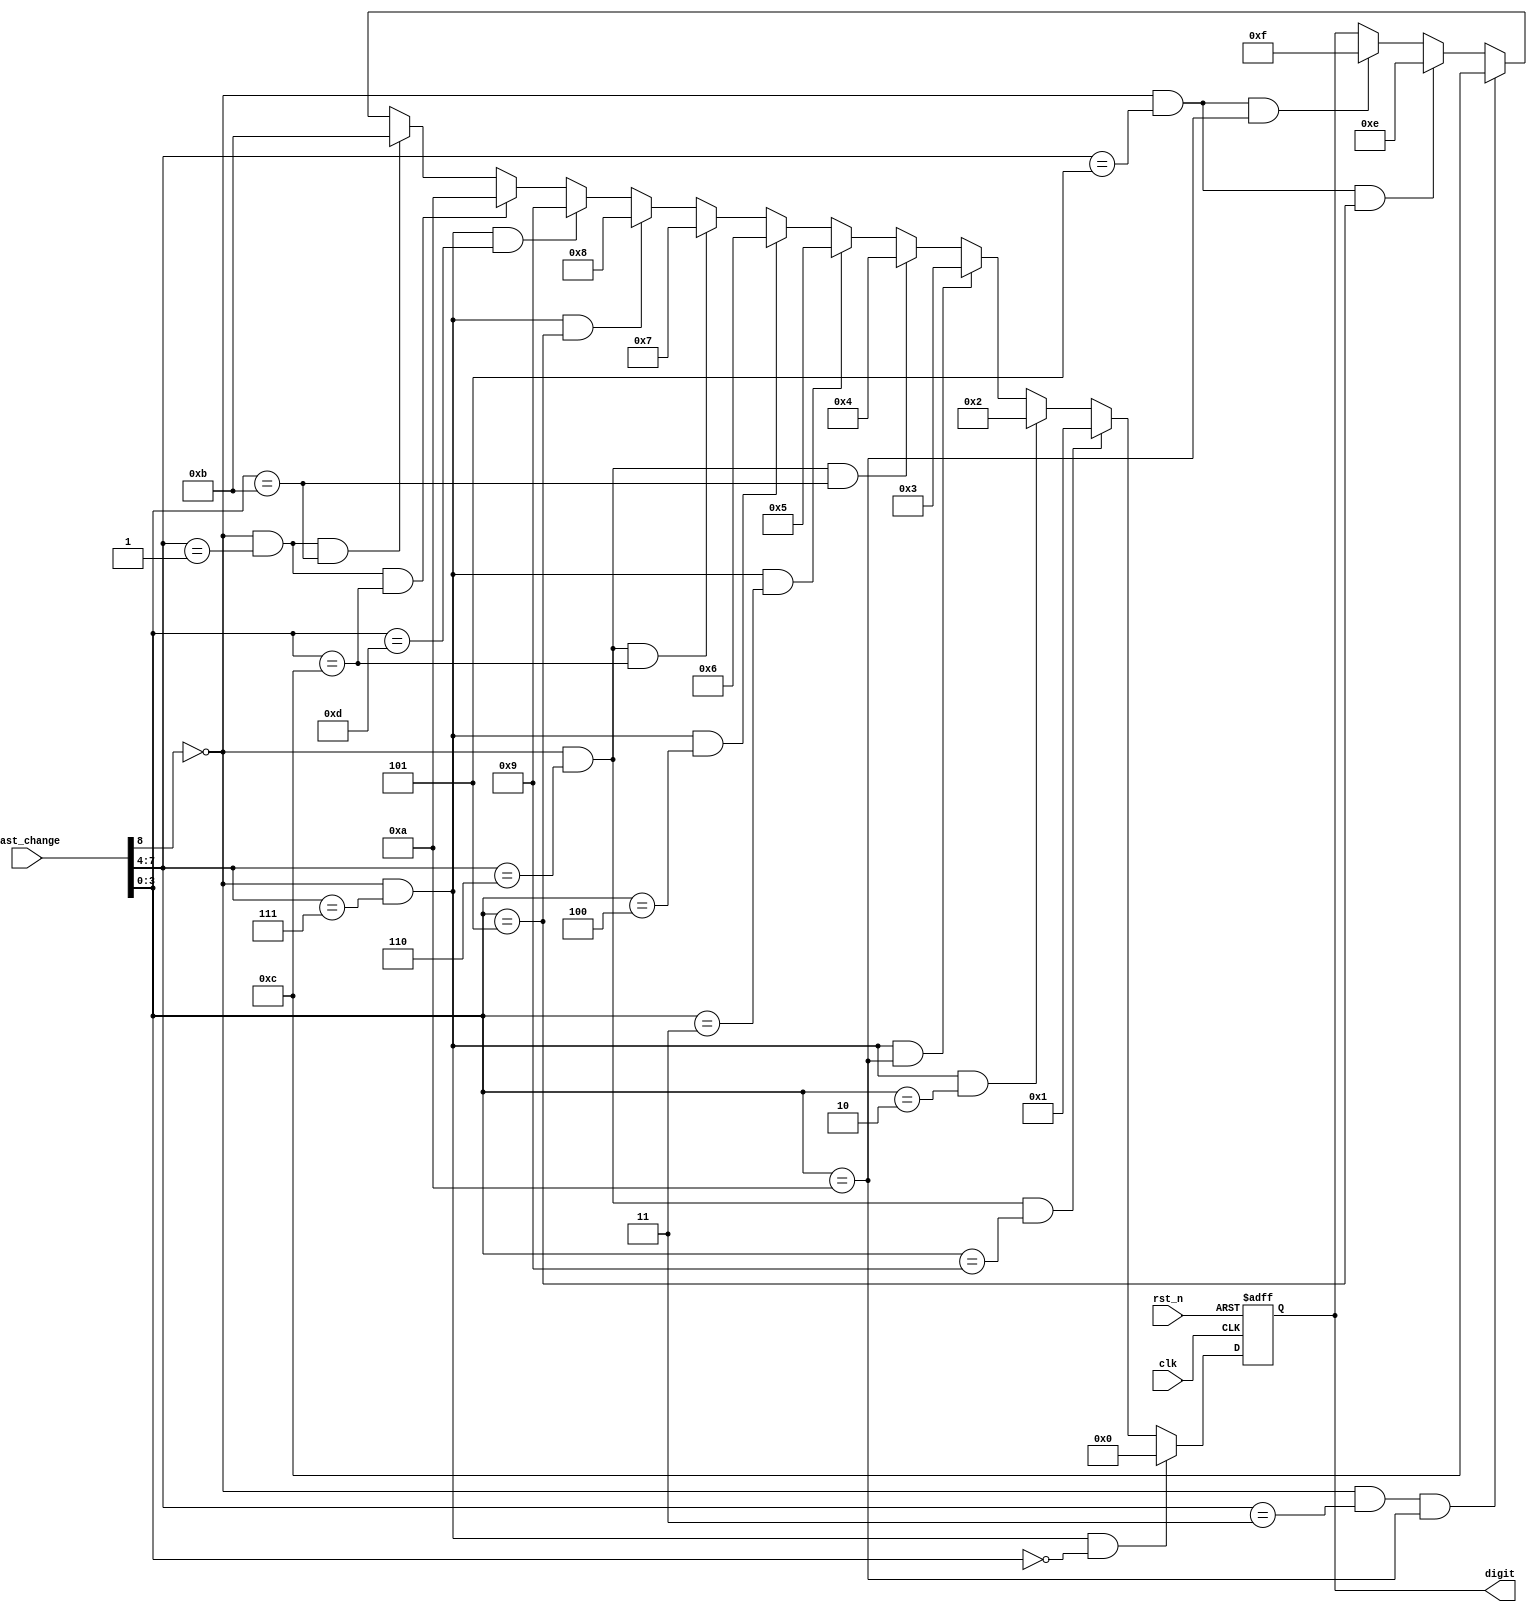
module decoder(
    digit,
    last_change,
    rst_n,
    clk
);
output [3:0] digit;
input [8:0] last_change;
input clk, rst_n;
reg [3:0] digit;
reg [3:0] digit_tmp;

always @*
    if (last_change[8] == 1'b0 && last_change[7:4] == 4'h7 && last_change[3:0] == 4'h0)
        digit_tmp = 4'd0;
    else if (last_change[8] == 1'b0 && last_change[7:4] == 4'h6 && last_change[3:0] == 4'h9)
        digit_tmp = 4'd1;
    else if (last_change[8] == 1'b0 && last_change[7:4] == 4'h7 && last_change[3:0] == 4'h2)
        digit_tmp = 4'd2;
    else if (last_change[8] == 1'b0 && last_change[7:4] == 4'h7 && last_change[3:0] == 4'hA)
        digit_tmp = 4'd3;
    else if (last_change[8] == 1'b0 && last_change[7:4] == 4'h6 && last_change[3:0] == 4'hB)
        digit_tmp = 4'd4;
    else if (last_change[8] == 1'b0 && last_change[7:4] == 4'h7 && last_change[3:0] == 4'h3)
        digit_tmp = 4'd5;
    else if (last_change[8] == 1'b0 && last_change[7:4] == 4'h7 && last_change[3:0] == 4'h4)
        digit_tmp = 4'd6;
    else if (last_change[8] == 1'b0 && last_change[7:4] == 4'h6 && last_change[3:0] == 4'hC)
        digit_tmp = 4'd7;
    else if (last_change[8] == 1'b0 && last_change[7:4] == 4'h7 && last_change[3:0] == 4'h5)
        digit_tmp = 4'd8;
    else if (last_change[8] == 1'b0 && last_change[7:4] == 4'h7 && last_change[3:0] == 4'hD)
        digit_tmp = 4'd9;
    else if (last_change[8] == 1'b0 && last_change[7:4] == 4'h1 && last_change[3:0] == 4'hC)
        digit_tmp = 4'd10;  //addition
    else if (last_change[8] == 1'b0 && last_change[7:4] == 4'h1 && last_change[3:0] == 4'hB)
        digit_tmp = 4'd11;  //subtraction
    else if (last_change[8] == 1'b0 && last_change[7:4] == 4'h3 && last_change[3:0] == 4'hA)
        digit_tmp = 4'd12;  //multiplication
    else if (last_change[8] == 1'b0 && last_change[7:4] == 4'h5 && last_change[3:0] == 4'h5)
        digit_tmp = 4'd14;
    else if (last_change[8] == 1'b0 && last_change[7:4] == 4'h5 && last_change[3:0] == 4'hA)
        digit_tmp = 4'd15;  //enter
    else
        digit_tmp = digit;

always @(posedge clk or negedge rst_n)
    if (~rst_n)
        digit <= 4'b1111;
    else
        digit <= digit_tmp;

endmodule